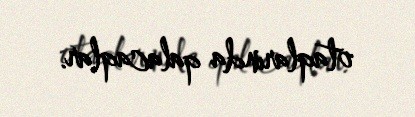
otaqlarında qalacaqlar.